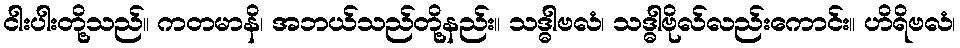
ငါးပါးတို့သည်။ ကတမာနိ၊ အဘယ်သည်တို့နည်း။ သဒ္ဓါဗလံ၊ သဒ္ဓါဗိုလ်လည်းကောင်း။ ဟိရိဗလံ၊